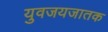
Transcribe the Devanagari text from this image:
युवजयजातक